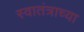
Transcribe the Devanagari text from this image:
स्वातंत्राच्या